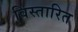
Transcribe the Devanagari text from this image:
विस्तारित